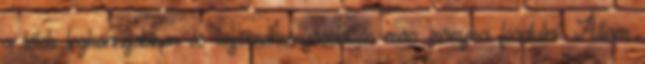
a lélek legkönnyebben és legeredményesebben más irányba fordulni” Állam